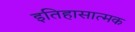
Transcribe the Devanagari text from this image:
इतिहासात्मक